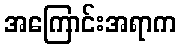
အကြောင်းအရာက